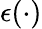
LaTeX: \epsilon(\cdot)